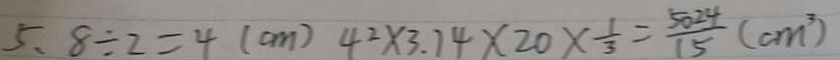
5 . 8 \div 2 = 4 ( c m ) 4 ^ { 2 } \times 3 . 1 4 \times 2 0 \times \frac { 1 } { 3 } = \frac { 5 0 2 4 } { 1 5 } ( c m ^ { 2 } )